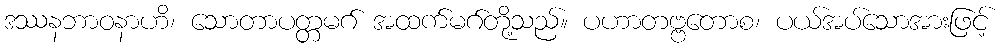
ဒဿနဘာဝနာဟိ၊ သောတာပတ္တမဂ် အထက်မဂ်တို့သည်။ ပဟာတဗ္ဗတောစ၊ ပယ်အပ်သောအားဖြင့်